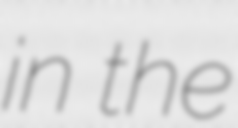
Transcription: in the